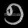
Digit: ၅